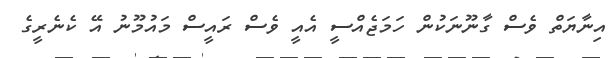
އިނާޔަތް ވެސް ގާނޫނަކުން ހަމަޖެއްސީ އެއީ ވެސް ރައީސް މައުމޫނު އޭ ކެނެރީގެ